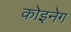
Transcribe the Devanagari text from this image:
कोइनेग